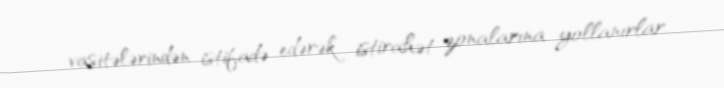
vasitələrindən istifadə edərək istirahət zonalarına yollanırlar.